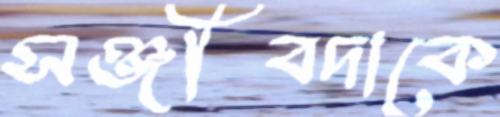
সঞ্জীবদাকে